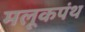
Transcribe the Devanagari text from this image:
मलूकपंथ